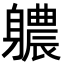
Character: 𮜻